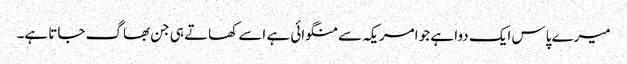
میرے پاس ایک دوا ہے جو امریکہ سے منگوائی ہے اسے کھاتے ہی جن بھاگ جاتا ہے۔